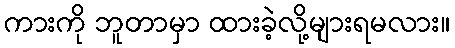
ကားကို ဘူတာမှာ ထားခဲ့လို့များရမလား။